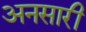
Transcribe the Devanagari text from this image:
अनसारी